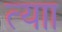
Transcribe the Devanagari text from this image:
त्याा